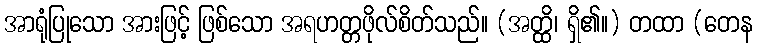
အာရုံပြုသော အားဖြင့် ဖြစ်သော အရဟတ္တဖိုလ်စိတ်သည်။ (အတ္ထိ၊ ရှိ၏။) တထာ (တေန